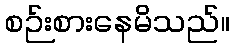
စဉ်းစားနေမိသည်။